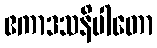
ဧကာဒသနိပါတော